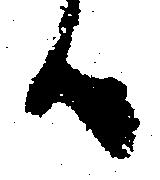
候